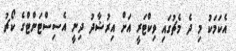
އެކަމަކު މި ދެ މެޗުގައި ވިކްޓަރީ އަށް އިރުޝާދު ދިނީ އެސިސްޓަންޓްގެ ކޯޗު